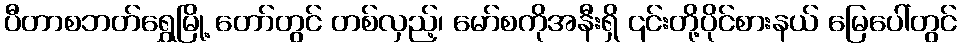
ပီတာစဘတ်ရွှေမြို့ တော်တွင် တစ်လှည့်၊ မော်စကိုအနီးရှိ ၎င်းတို့ပိုင်စားနယ် မြေပေါ်တွင်